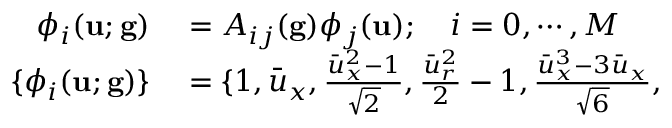
\begin{array} { r l } { \phi _ { i } ( \mathbf { u } ; \mathbf { g } ) } & { { } = A _ { i j } ( \mathbf { g } ) \phi _ { j } ( \mathbf { u } ) ; \quad i = 0 , \cdots , M } \\ { \{ \phi _ { i } ( \mathbf { u } ; \mathbf { g } ) \} } & { { } = \{ 1 , \bar { u } _ { x } , \frac { \bar { u } _ { x } ^ { 2 } - 1 } { \sqrt { 2 } } , \frac { \bar { u } _ { r } ^ { 2 } } { 2 } - 1 , \frac { \bar { u } _ { x } ^ { 3 } - 3 \bar { u } _ { x } } { \sqrt { 6 } } , } \end{array}